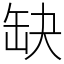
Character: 缺